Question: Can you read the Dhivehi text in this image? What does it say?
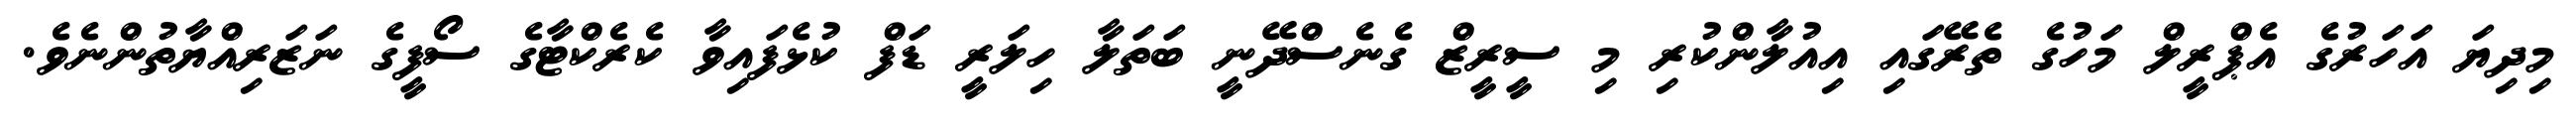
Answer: މިދިޔަ އަހަރުގެ އެޕްރީލް މަހުގެ ތެރޭގައި އިއުލާންކުރި މި ސީރީޒް ގެނެސްދޭނީ ބަތަލާ ހިލަރީ ޑަފް ކުޅެފައިވާ ކެރެކްޓާގެ ސޯފީގެ ނަޒަރިއްޔާތުންނެވެ.